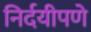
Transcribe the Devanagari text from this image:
निर्दयीपणे